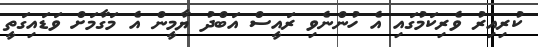
ކުރިއިރު ވެރިކަމުގައި އެ ހުންނެވި ރައީސް އަބްދު ޔާމީން އެ މަގާމަށް ވަޑައިގަތީ